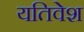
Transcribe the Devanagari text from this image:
यतिवेश